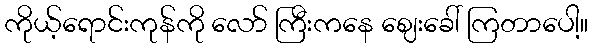
ကိုယ့်ရောင်းကုန်ကို လော် ကြီးကနေ ဈေးခေါ် ကြတာပေါ့။